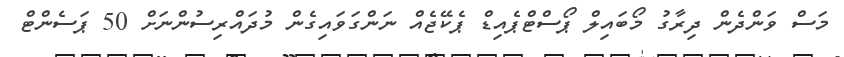
މަސް ވަންދެން ދިރާގު މޯބައިލް ޕޯސްޓްޕެއިޑް ޕެކޭޖެއް ނަންގަވައިގެން މުދައްރިސުންނަށް 50 ޕަސެންޓް